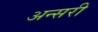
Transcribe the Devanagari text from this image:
अन्सरी